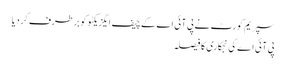
سپریم کورٹ نے پی آئی اے کے چیف ایگزیکٹو کو برطرف کر دیا
پی آئی اے کی نجکاری کا فیصلہ